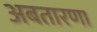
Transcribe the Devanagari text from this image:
अबतारणा